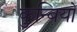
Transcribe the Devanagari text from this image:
कुन्बियों